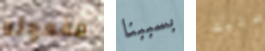
مفعوله بسببنا عليك